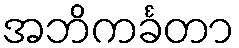
အဘိကင်္ခတာ